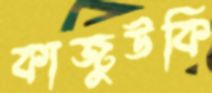
কাজুউকি